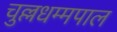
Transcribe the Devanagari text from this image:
चुल्लधम्मपाल